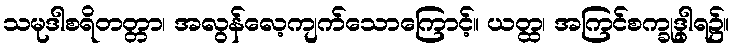
သမုဒါစရိတတ္တာ၊ အလွန်လေ့ကျက်သောကြောင့်။ ယတ္ထ၊ အကြင်စက္ခုဒွါရ၌။